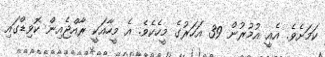
ކަމަށެވެ. އެއީ އުމުރުން 39 އަހަރުގެ މީހެކެވެ. އެ މީހާއަކީ ރާއްޖެއިން ކޮވިޑްގައި